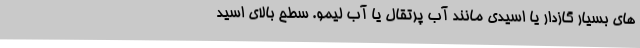
های بسیار گازدار یا اسیدی مانند آب پرتقال یا آب لیمو. سطح بالای اسید